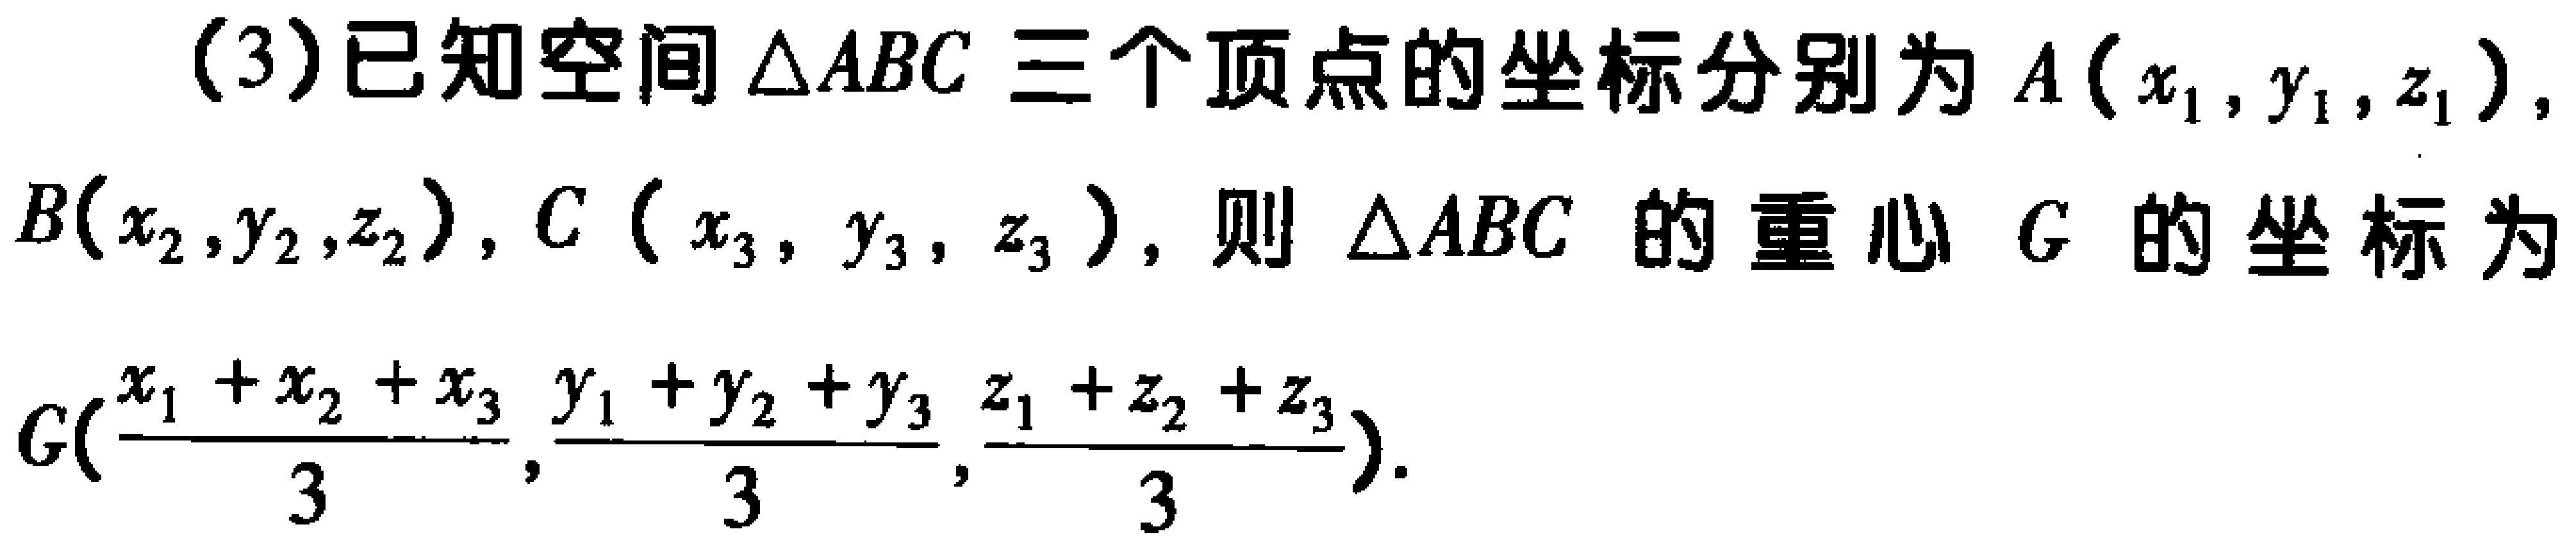
(3)已知空间$\triangle ABC$三个顶点的坐标分别为$A(x_{1},y_{1},z_{1})$，$B(x_{2},y_{2},z_{2})$，$C(x_{3},y_{3},z_{3})$，则$\triangle ABC$的重心$G$的坐标为$G(\frac{x_{1}+x_{2}+x_{3}}{3},\frac{y_{1}+y_{2}+y_{3}}{3},\frac{z_{1}+z_{2}+z_{3}}{3})$。